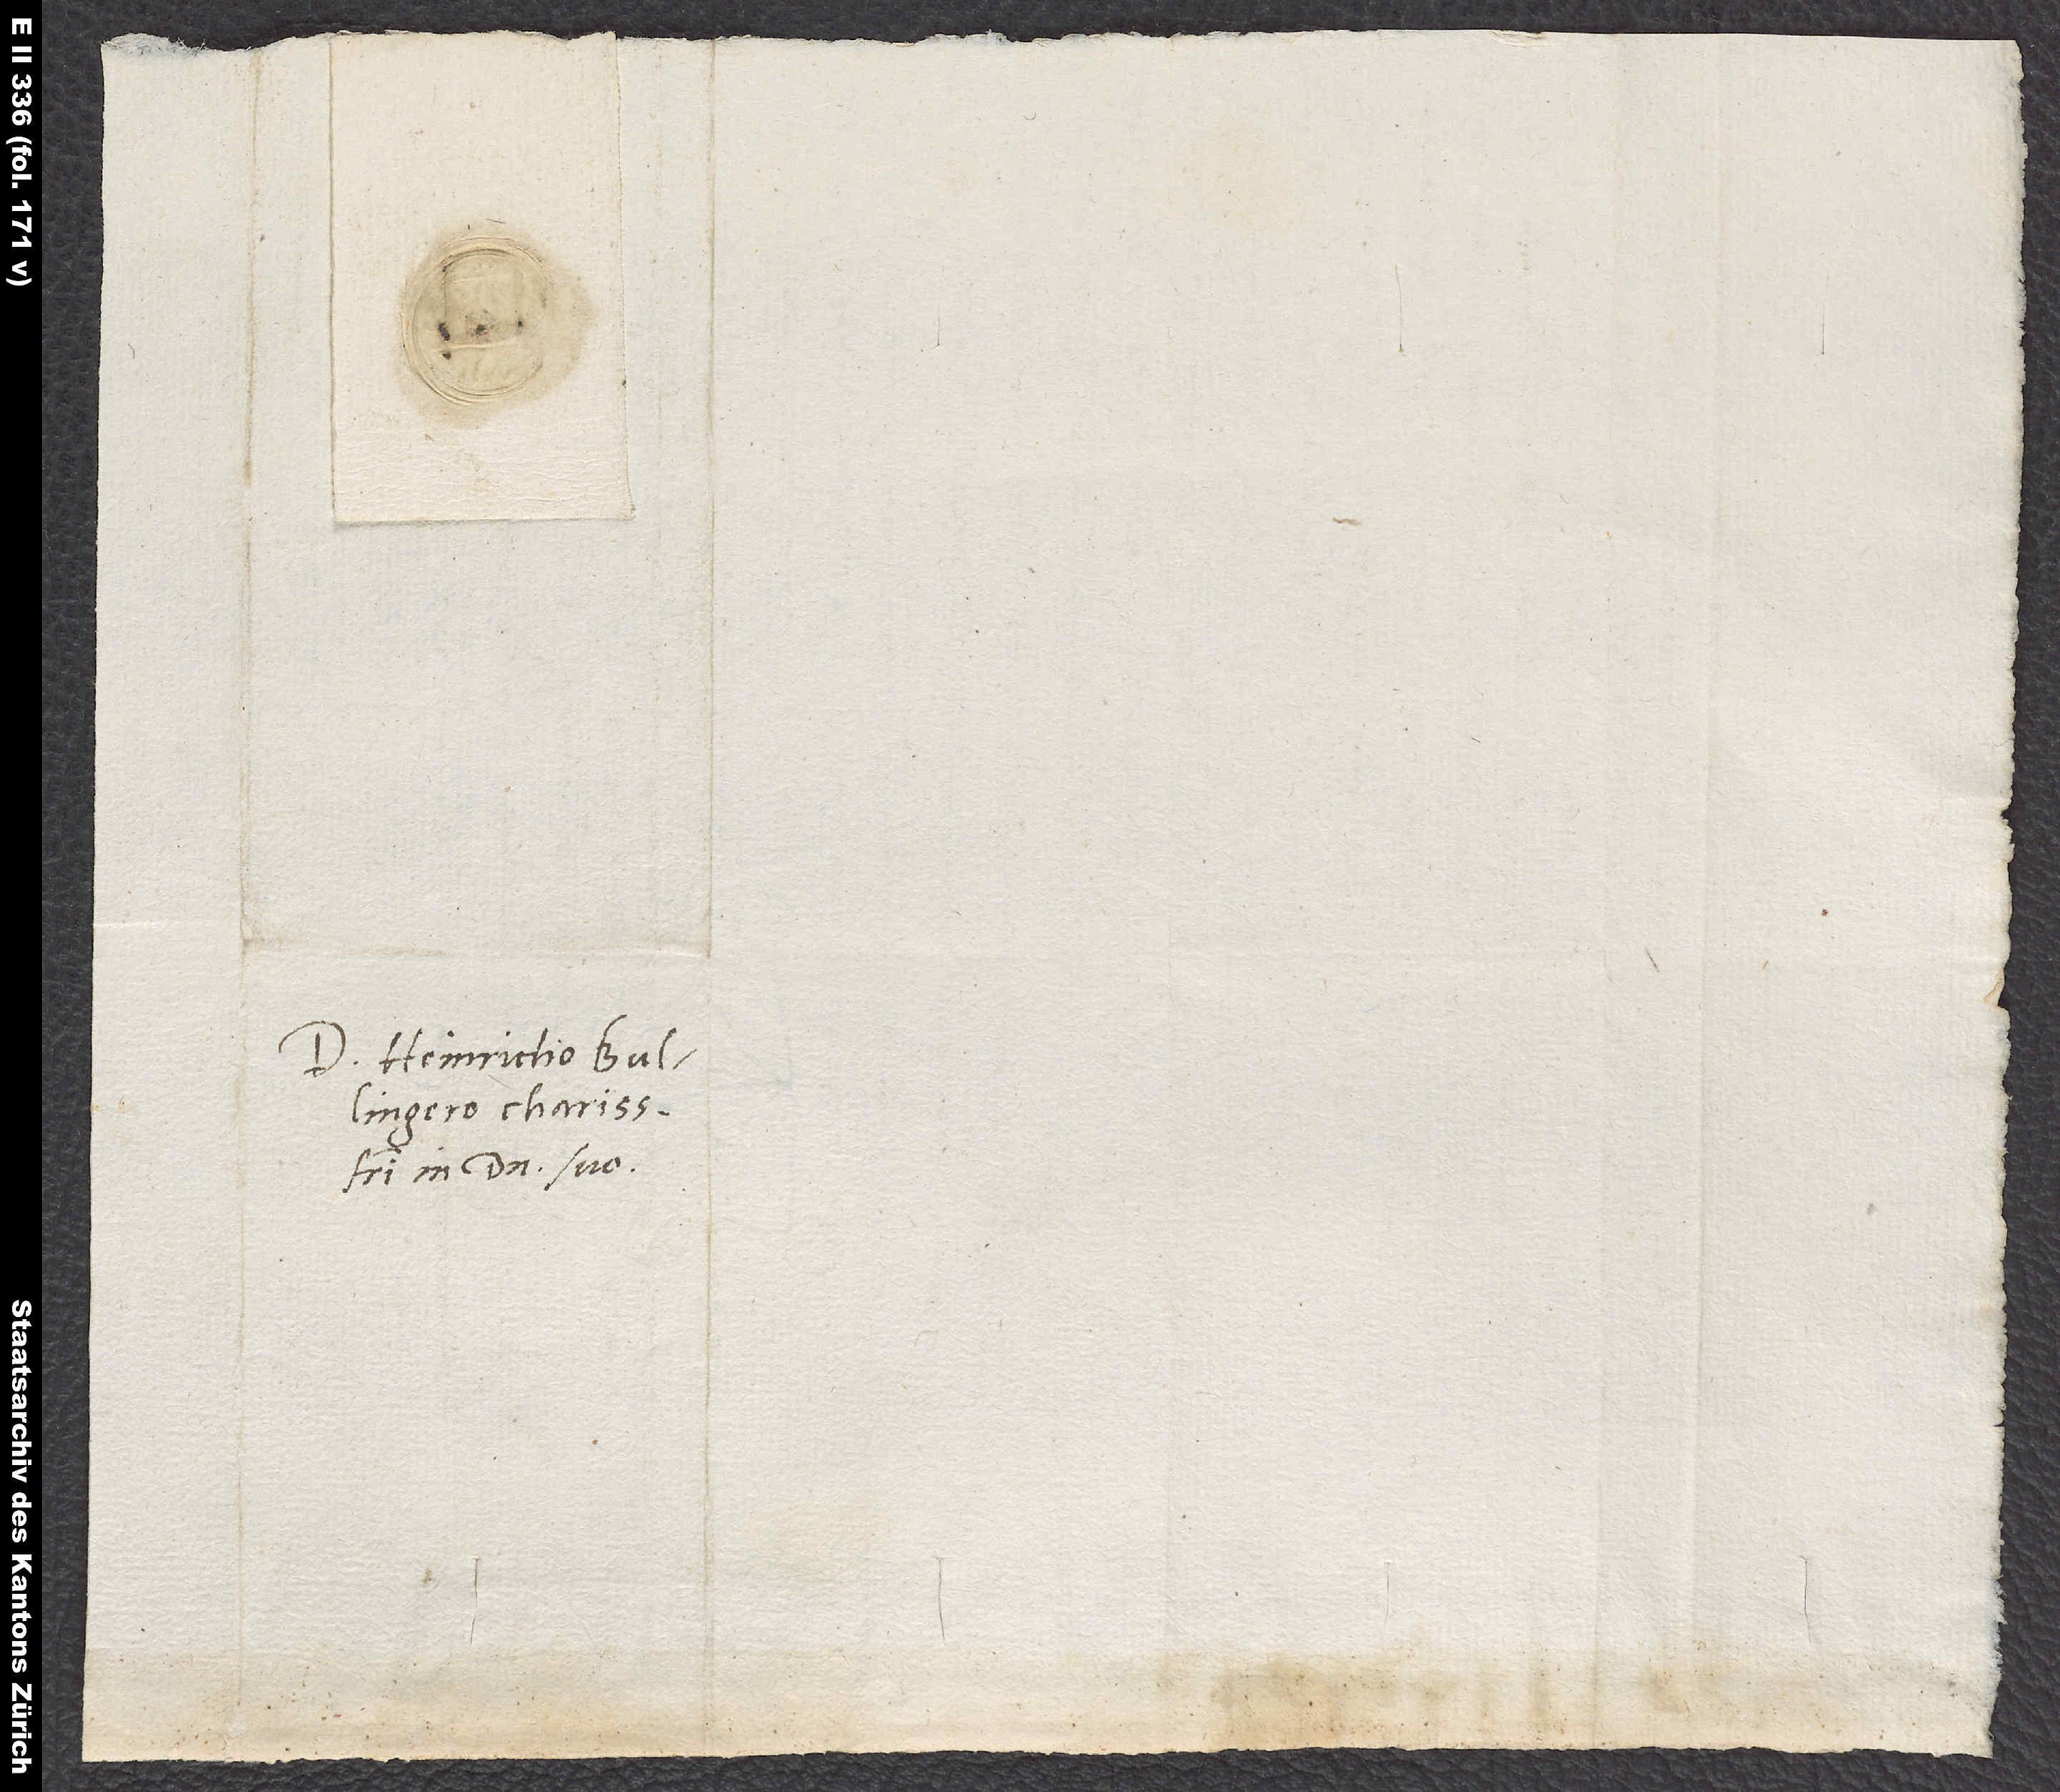
Domino Heinricho Bullingero,
fratri in domino suo.